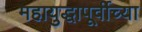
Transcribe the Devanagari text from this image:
महायुद्धापूर्वीच्या